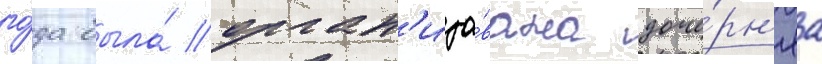
го́да была́ орган'изо́вана доче́рн'яа